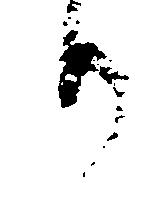
り